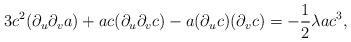
LaTeX: \begin{align*}3c^2(\partial_u\partial_v a)+ac(\partial_u\partial_v c)-a(\partial_u c)(\partial_v c)=-\frac{1}{2}\lambda ac^3 ,\end{align*}